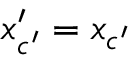
x _ { c ^ { \prime } } ^ { \prime } = x _ { c ^ { \prime } }